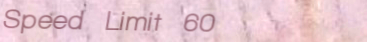
Speed Limit 60